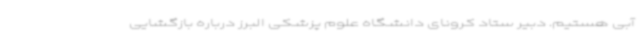
آبی هستیم. دبیر ستاد کرونای دانشگاه علوم پزشکی البرز درباره بازگشایی